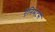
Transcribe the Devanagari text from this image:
ऐनिमेटर्स